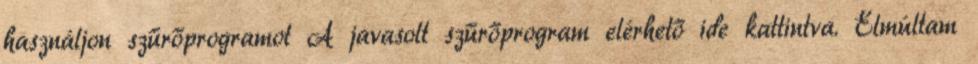
használjon szűrőprogramot A javasolt szűrőprogram elérhető ide kattintva. Elmúltam